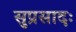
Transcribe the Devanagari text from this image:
सुप्रसादः